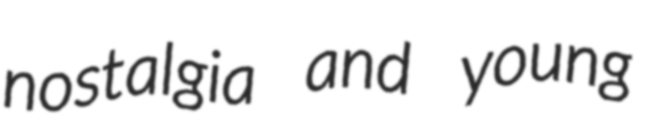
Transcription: nostalgia and young